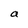
Character: a